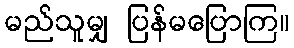
မည်သူမျှ ပြန်မပြောကြ။